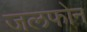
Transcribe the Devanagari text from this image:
जलफोन